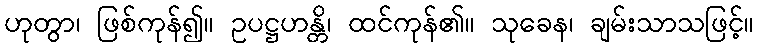
ဟုတွာ၊ ဖြစ်ကုန်၍။ ဥပဋ္ဌဟန္တိ၊ ထင်ကုန်၏။ သုခေန၊ ချမ်းသာသဖြင့်။